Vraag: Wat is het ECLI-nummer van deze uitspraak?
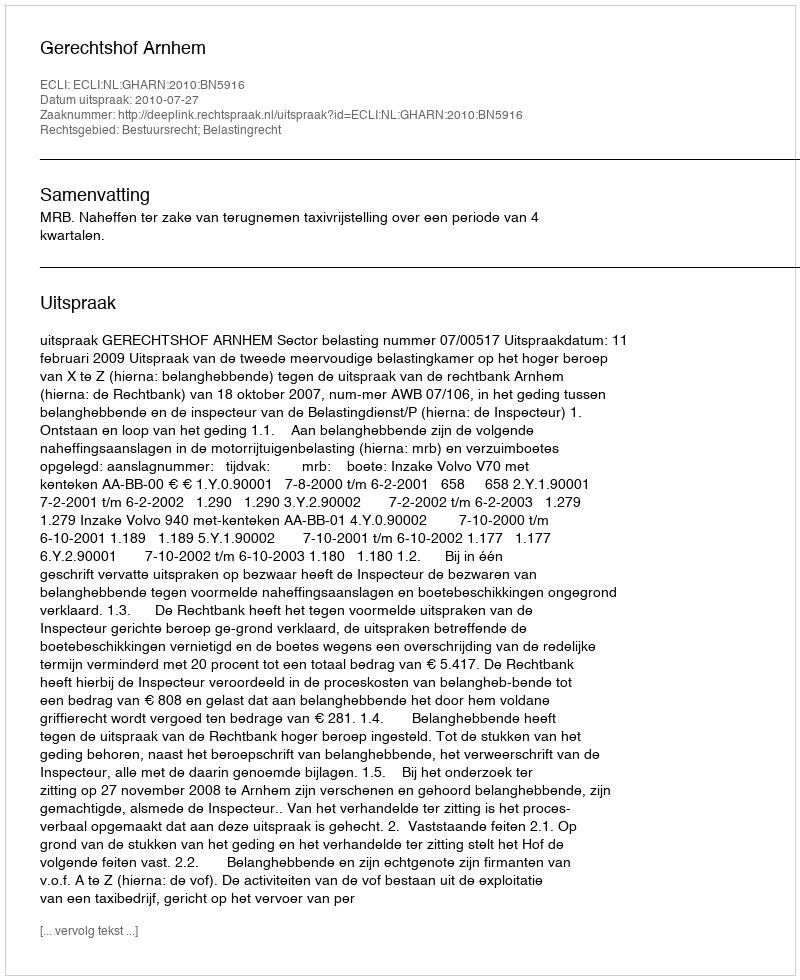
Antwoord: ECLI:NL:GHARN:2010:BN5916